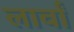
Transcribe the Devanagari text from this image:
लार्वां